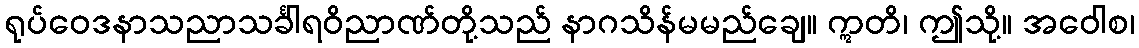
ရုပ်ဝေဒနာသညာသင်္ခါရဝိညာဏ်တို့သည် နာဂသိန်မမည်ချေ။ ဣတိ၊ ဤသို့။ အဝေါစ၊